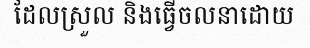
ដែលស្រួល និងធ្វើចលនាដោយ